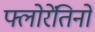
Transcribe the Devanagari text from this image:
फ्लोरेंतिनो